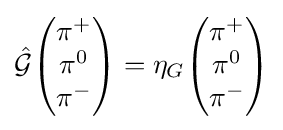
{\hat {\mathcal {G}}}{\begin{pmatrix}\pi ^{+}\\\pi ^{0}\\\pi ^{-}\end{pmatrix}}=\eta _{G}{\begin{pmatrix}\pi ^{+}\\\pi ^{0}\\\pi ^{-}\end{pmatrix}}